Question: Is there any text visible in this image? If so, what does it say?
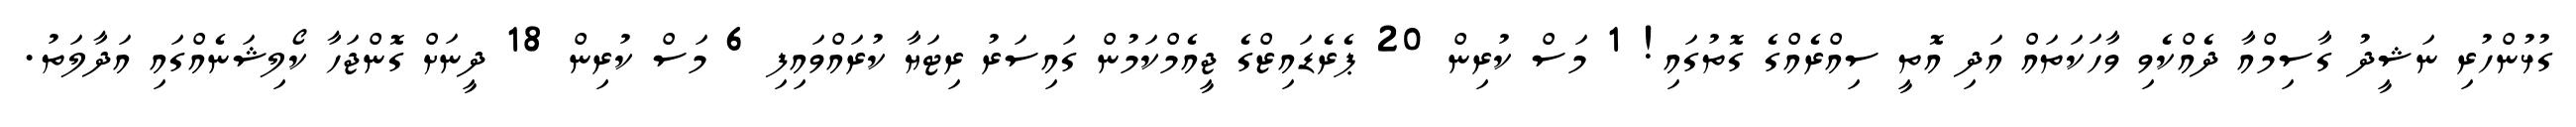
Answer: ގުޅުންހުރި ނަޝީދު ގާސިމްއާ ދެއްކެވި ވާހަކަތައް އަދި އޮތީ ސިއްރެއްގެ ގޮތުގައި! 1 މަސް ކުރިން 20 ޕެރެޑައިޒްގެ ޖީއެމްކަމުން ގައިސަރު ރިޓަޔާ ކުރައްވައިފި 6 މަސް ކުރިން 18 ދީނަށް ގޮންޖަހާ ކޯލިޝަނެއްގައި އަދާލަތު.